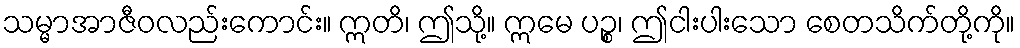
သမ္မာအာဇီဝလည်းကောင်း။ ဣတိ၊ ဤသို့။ ဣမေ ပဉ္စ၊ ဤငါးပါးသော စေတသိက်တို့ကို။